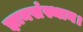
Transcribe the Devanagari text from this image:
ज्ञानसंस्थान।